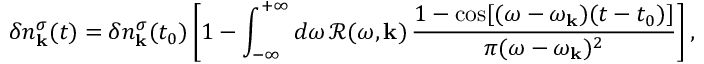
\delta n _ { \mathbf { k } } ^ { \sigma } ( t ) = \delta n _ { \mathbf { k } } ^ { \sigma } ( t _ { 0 } ) \left[ 1 - \int _ { - \infty } ^ { + \infty } d \omega \, \mathcal { R } ( \omega , \mathbf { k } ) \, \frac { 1 - \cos [ ( \omega - \omega _ { \mathbf { k } } ) ( t - t _ { 0 } ) ] } { \pi ( \omega - \omega _ { \mathbf { k } } ) ^ { 2 } } \right] ,